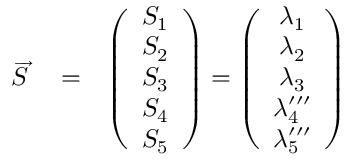
\begin{array} { r l r } { \overrightarrow { S } } & { { } = } & { \left( \begin{array} { c } { S _ { 1 } } \\ { S _ { 2 } } \\ { S _ { 3 } } \\ { S _ { 4 } } \\ { S _ { 5 } } \end{array} \right) = \left( \begin{array} { c } { \lambda _ { 1 } } \\ { \lambda _ { 2 } } \\ { \lambda _ { 3 } } \\ { \lambda _ { 4 } ^ { \prime \prime \prime } } \\ { \lambda _ { 5 } ^ { \prime \prime \prime } } \end{array} \right) } \end{array}